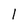
Character: l